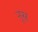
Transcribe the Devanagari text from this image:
नूस